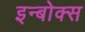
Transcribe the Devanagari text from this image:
इन्बोक्स